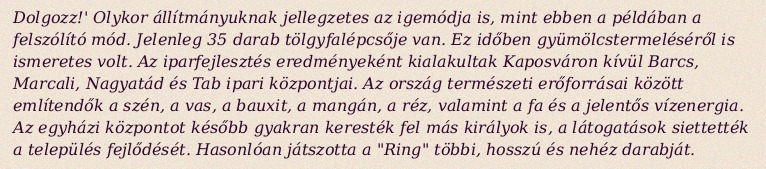
Dolgozz!' Olykor állítmányuknak jellegzetes az igemódja is, mint ebben a példában a felszólító mód. Jelenleg 35 darab tölgyfalépcsője van. Ez időben gyümölcstermeléséről is ismeretes volt. Az iparfejlesztés eredményeként kialakultak Kaposváron kívül Barcs, Marcali, Nagyatád és Tab ipari központjai. Az ország természeti erőforrásai között említendők a szén, a vas, a bauxit, a mangán, a réz, valamint a fa és a jelentős vízenergia. Az egyházi központot később gyakran keresték fel más királyok is, a látogatások siettették a település fejlődését. Hasonlóan játszotta a "Ring" többi, hosszú és nehéz darabját.